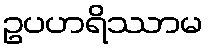
ဥပဟရိဿာမ